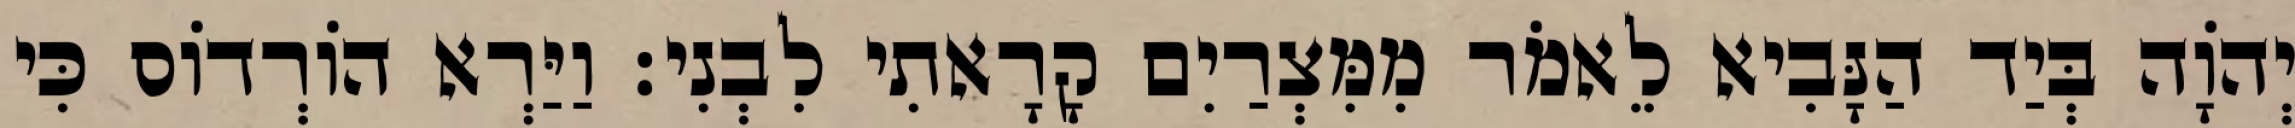
יְהוָֹה בְּיַד הַנָּבִיא לֵאמֹר מִמִּצְרַיִם קָרָאתִי לִבְנִי׃ וַיַּרְא הוֹרְדוֹס כִּי